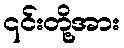
၎င်းတို့အား